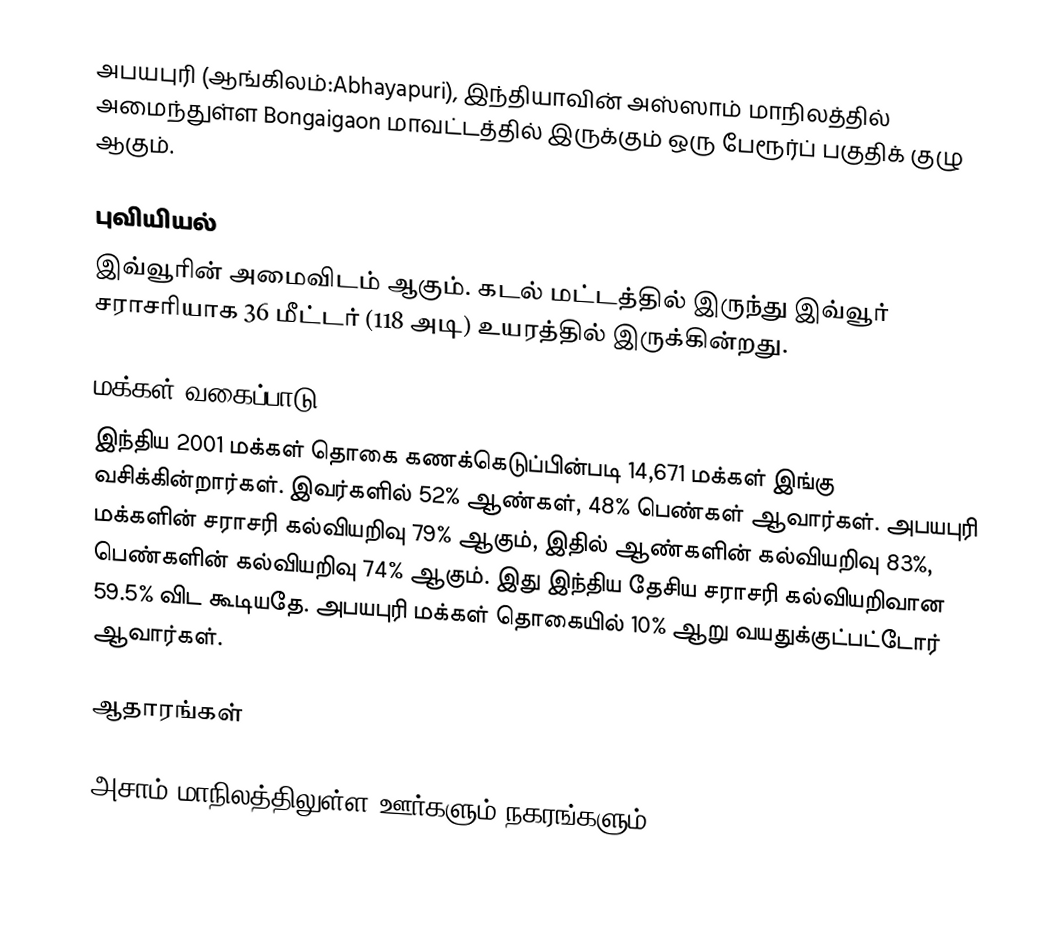
அபயபுரி (ஆங்கிலம்:Abhayapuri), இந்தியாவின் அஸ்ஸாம் மாநிலத்தில் அமைந்துள்ள Bongaigaon மாவட்டத்தில் இருக்கும் ஒரு பேரூர்ப் பகுதிக் குழு ஆகும்.

புவியியல்
இவ்வூரின் அமைவிடம்  ஆகும். கடல் மட்டத்தில் இருந்து இவ்வூர் சராசரியாக 36 மீட்டர் (118 அடி) உயரத்தில் இருக்கின்றது.

மக்கள் வகைப்பாடு
இந்திய 2001 மக்கள் தொகை கணக்கெடுப்பின்படி 14,671 மக்கள் இங்கு வசிக்கின்றார்கள். இவர்களில் 52% ஆண்கள், 48% பெண்கள் ஆவார்கள். அபயபுரி மக்களின் சராசரி கல்வியறிவு 79% ஆகும்,  இதில் ஆண்களின் கல்வியறிவு 83%,  பெண்களின் கல்வியறிவு 74% ஆகும். இது இந்திய தேசிய சராசரி கல்வியறிவான 59.5% விட கூடியதே. அபயபுரி மக்கள் தொகையில் 10%  ஆறு வயதுக்குட்பட்டோர் ஆவார்கள்.

ஆதாரங்கள்

அசாம் மாநிலத்திலுள்ள ஊர்களும் நகரங்களும்